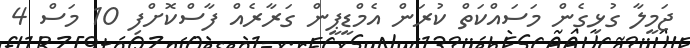
ޖަމީލާ ގުޅިގެން މަސައްކަތް ކުރަން އެމްޑީޕީން ގަރާރެއް ފާސްކޮށްފި 10 މަސް 4